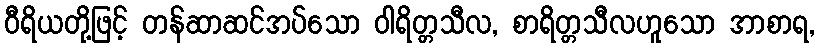
ဝီရိယတို့ဖြင့် တန်ဆာဆင်အပ်သော ဝါရိတ္တသီလ, စာရိတ္တသီလဟူသော အာစာရ,